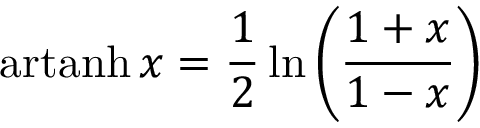
\operatorname { a r t a n h } x = { \frac { 1 } { 2 } } \ln \left( { \frac { 1 + x } { 1 - x } } \right)